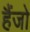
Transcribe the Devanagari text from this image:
हैंजो